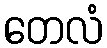
တေလံ